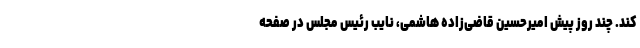
کند. چند روز پیش امیرحسین قاضی‌زاده هاشمی، نایب رئیس مجلس در صفحه